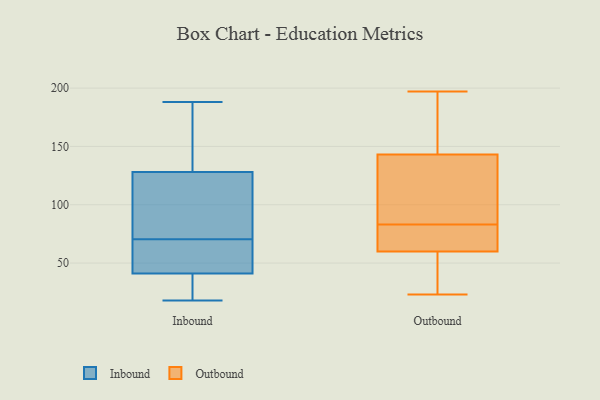
{"axis": {"x": "Humidity (%)", "y": "Value"}, "legend": ["Inbound", "Outbound"], "data": [{"x": "", "y": 61, "type": "Inbound"}, {"x": "", "y": 34, "type": "Inbound"}, {"x": "", "y": 121, "type": "Inbound"}, {"x": "", "y": 27, "type": "Inbound"}, {"x": "", "y": 128, "type": "Inbound"}, {"x": "", "y": 72, "type": "Inbound"}, {"x": "", "y": 55, "type": "Inbound"}, {"x": "", "y": 111, "type": "Inbound"}, {"x": "", "y": 188, "type": "Inbound"}, {"x": "", "y": 69, "type": "Inbound"}, {"x": "", "y": 41, "type": "Inbound"}, {"x": "", "y": 153, "type": "Inbound"}, {"x": "", "y": 18, "type": "Inbound"}, {"x": "", "y": 139, "type": "Inbound"}, {"x": "", "y": 125, "type": "Outbound"}, {"x": "", "y": 197, "type": "Outbound"}, {"x": "", "y": 143, "type": "Outbound"}, {"x": "", "y": 50, "type": "Outbound"}, {"x": "", "y": 60, "type": "Outbound"}, {"x": "", "y": 125, "type": "Outbound"}, {"x": "", "y": 42, "type": "Outbound"}, {"x": "", "y": 83, "type": "Outbound"}, {"x": "", "y": 83, "type": "Outbound"}, {"x": "", "y": 24, "type": "Outbound"}, {"x": "", "y": 193, "type": "Outbound"}, {"x": "", "y": 23, "type": "Outbound"}, {"x": "", "y": 128, "type": "Outbound"}, {"x": "", "y": 60, "type": "Outbound"}, {"x": "", "y": 77, "type": "Outbound"}, {"x": "", "y": 167, "type": "Outbound"}, {"x": "", "y": 171, "type": "Outbound"}, {"x": "", "y": 77, "type": "Outbound"}]}